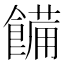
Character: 𩝳